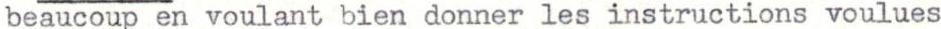
beaucoup en voulant bien donner les instructions voulues